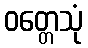
ဝတ္တေသုံ